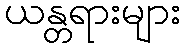
ယန္တရားများ